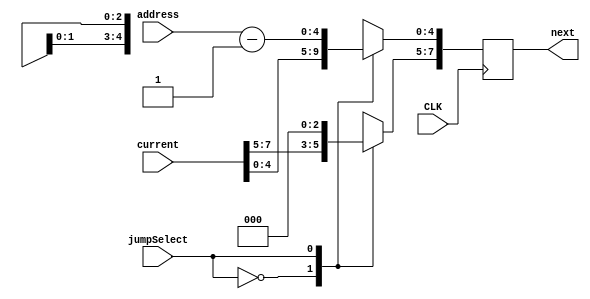
/* ***************************************************************\
| Name of program : 
| Author: 
| Date Created:
| Date last updated:
| Function:
| Modules:
\****************************************************************/

`timescale 1ns / 1ps

module pc_inc(next, current, jumpSelect, address, CLK);
  output reg [7:0] next;
  input [7:0] current;
  input [4:0] address;
  input jumpSelect;
  input CLK;
  
  initial
    begin
      next = 8'b11111111;
    end
  
  always @(posedge CLK) begin
  	case(jumpSelect)
  	1'b0: next = current;
  	1'b1: 
  	   begin
  	      next = 0;
          next[4:0] = address-1;
       end
    endcase
  end
endmodule